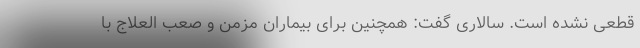
قطعی نشده است. سالاری گفت: همچنین برای بیماران مزمن و صعب العلاج با